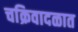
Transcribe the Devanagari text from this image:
चक्रिवादळात